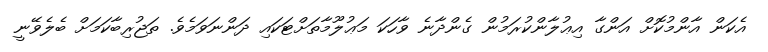
އެކަން އާންމުކޮށް އަންގާ އިޢުލާންކުރަމުން ގެންދާނެ ވާހަކަ މަޢުލޫމާތަށްޓަކައި ދަންނަވަމެވެ. ތަޖުރިބާކަމަށް ބެލެވޭނީ